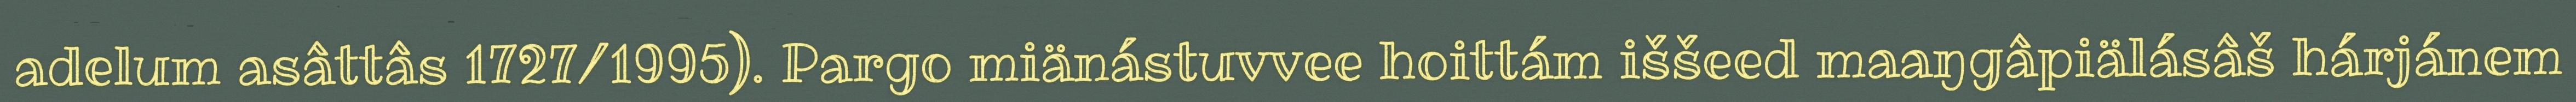
adelum asâttâs 1727/1995). Pargo miänástuvvee hoittám iššeed maaŋgâpiälásâš hárjánem